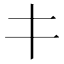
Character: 𰀁